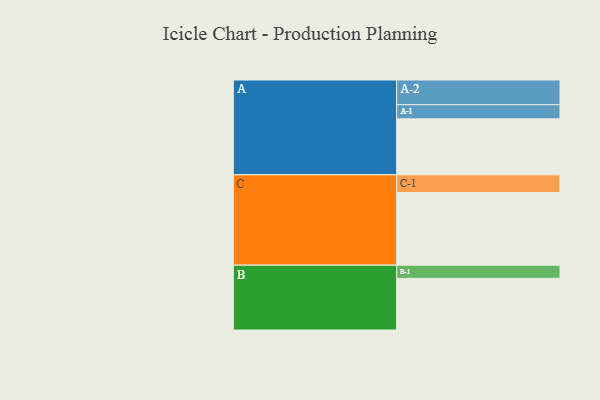
{"axis": {"x": "Segment", "y": "Value"}, "legend": ["", "A", "B", "C"], "data": [{"x": "A", "y": 403, "type": ""}, {"x": "B", "y": 372, "type": ""}, {"x": "C", "y": 523, "type": ""}, {"x": "A-1", "y": 102, "type": "A"}, {"x": "A-2", "y": 178, "type": "A"}, {"x": "B-1", "y": 95, "type": "B"}, {"x": "C-1", "y": 128, "type": "C"}]}